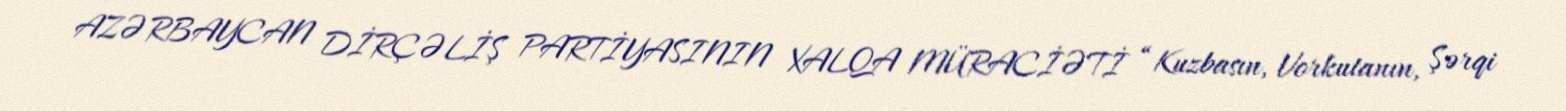
AZƏRBAYCAN DİRÇƏLİŞ PARTİYASININ XALQA MÜRACİƏTİ “Kuzbasın, Vorkutanın, Şərqi